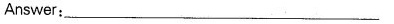
Answer：___